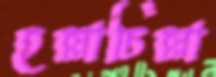
হল্লাচিল্লা